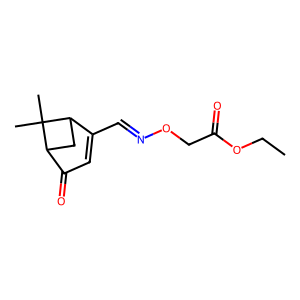
SMILES: CCOC(=O)CON=CC1=CC(=O)C2CC1C2(C)C
Inhibits HIV replication: No